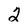
Character: 2